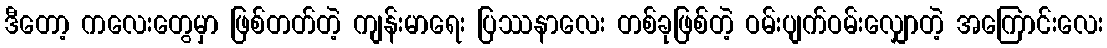
ဒီတော့ ကလေးတွေမှာ ဖြစ်တတ်တဲ့ ကျန်းမာရေး ပြဿနာလေး တစ်ခုဖြစ်တဲ့ ဝမ်းပျက်ဝမ်းလျှောတဲ့ အကြောင်းလေး